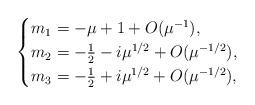
LaTeX: \begin{align*}\begin{cases}m_1=-\mu+1+O(\mu^{-1}),\\ m_2=-\frac{1}{2}-i\mu^{1/2}+O(\mu^{-1/2}),\\ m_3=-\frac{1}{2}+i\mu^{1/2}+O(\mu^{-1/2}),\end{cases}\end{align*}